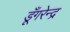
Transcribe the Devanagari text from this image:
डूँगरेन्द्र